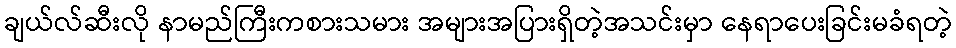
ချယ်လ်ဆီးလို နာမည်ကြီးကစားသမား အများအပြားရှိတဲ့အသင်းမှာ နေရာပေးခြင်းမခံရတဲ့